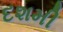
દશમી